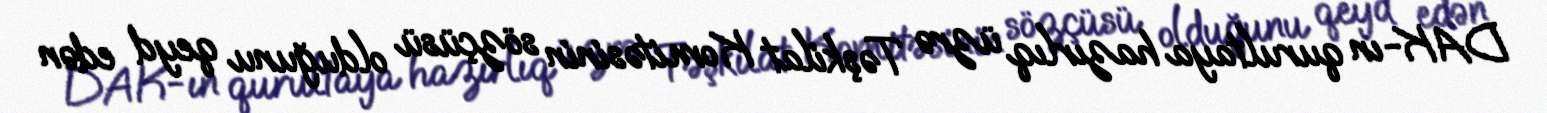
DAK-ın qurultaya hazırlıq üzrə Təşkilat Komitəsinin sözçüsü olduğunu qeyd edən